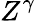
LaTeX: Z^{\gamma}